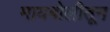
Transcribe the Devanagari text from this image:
मायबोलीतून